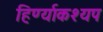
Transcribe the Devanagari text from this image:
हिर्ण्याकश्यप